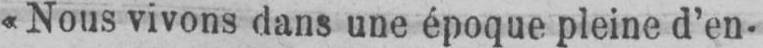
«Nous vivons dans une époque pleine d’en-